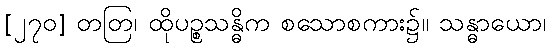
[၂၇၀] တတြ၊ ထိုပဉ္စသန္ဓိက စသောစကား၌။ သန္ဓာယော၊